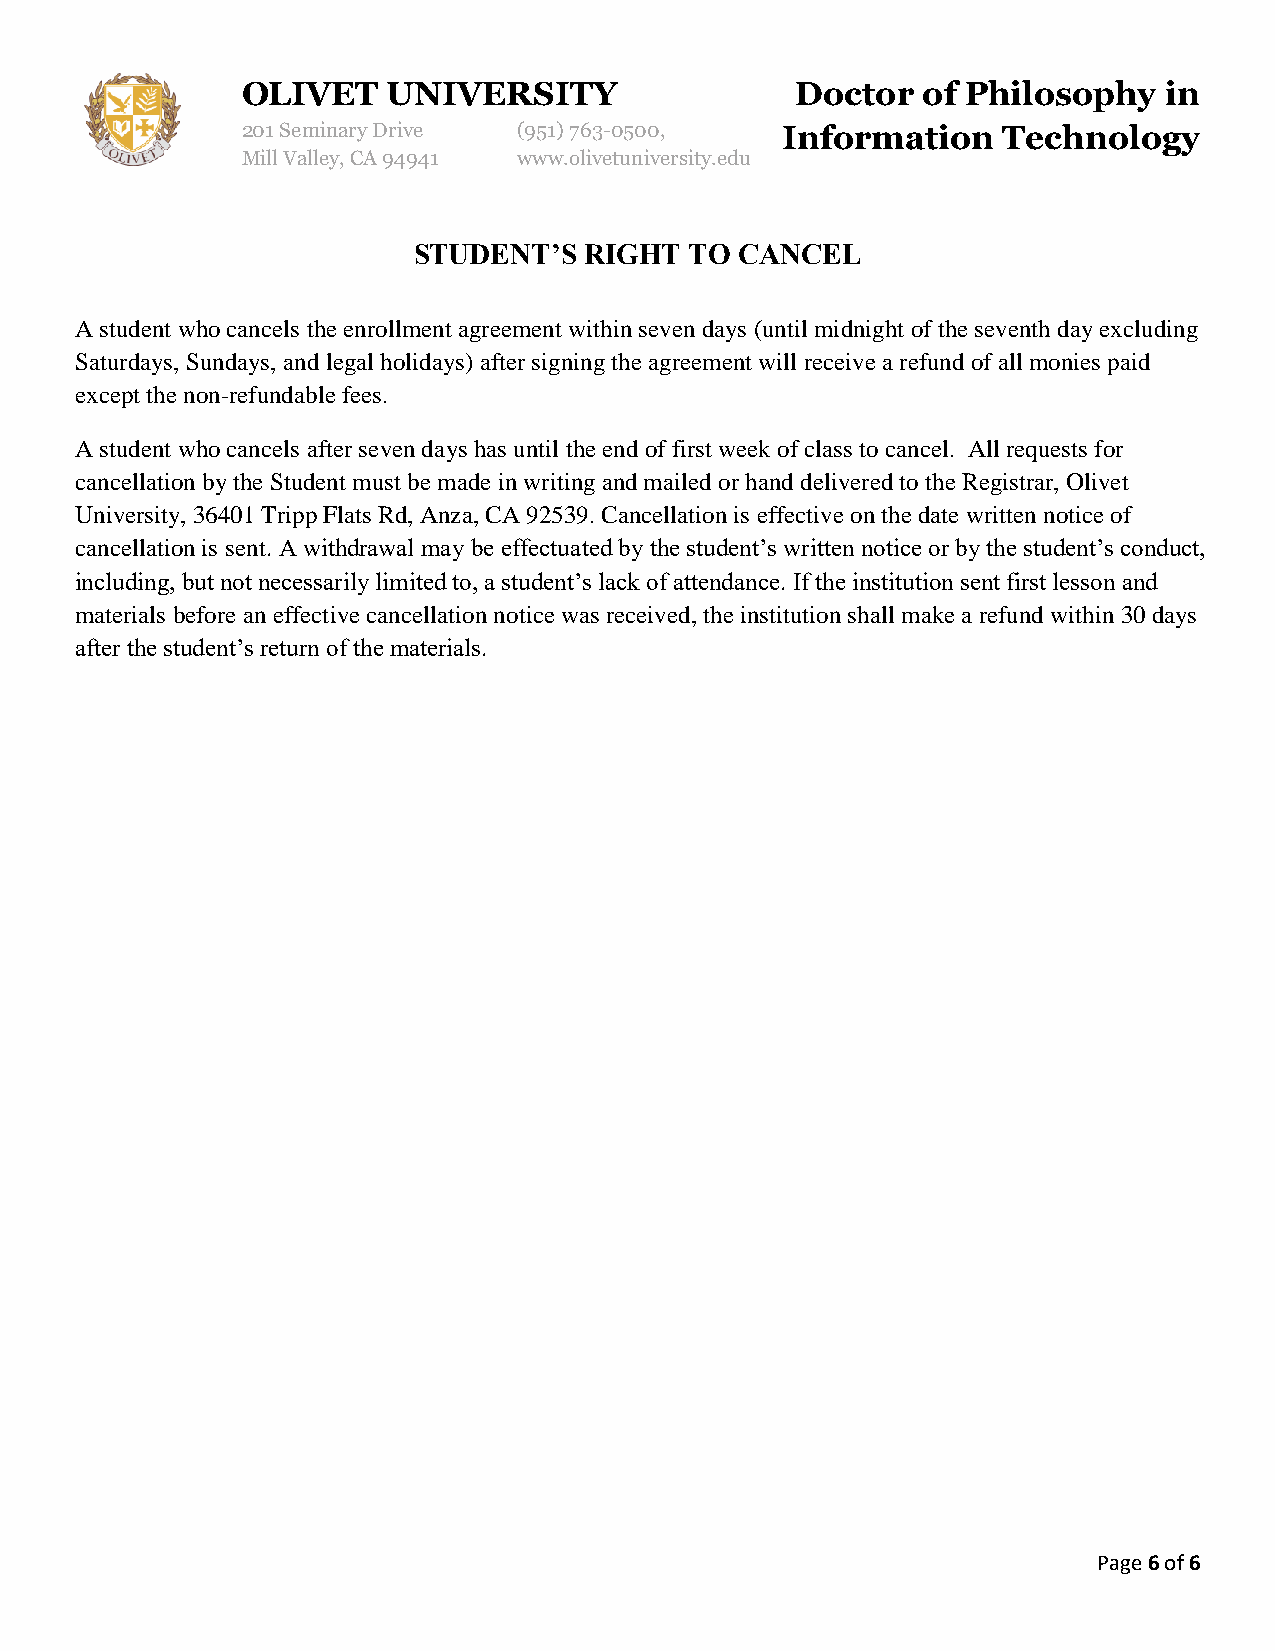
OLIVET    UNIVERSITY                 Doctor  of Philosophy   in
 201 Seminary Drive (951)763-0500,   Information   Technology
 Mill Valley, CA 94941 www.olivetuniversity.edu
 STUDENT’S   RIGHT  TO CANCEL
 A student who cancels the enrollment agreement within seven days (until midnight of the seventh day excluding
 Saturdays, Sundays, and legal holidays) after signing the agreement will receive a refund of all monies paid
 except the non-refundable fees.
 A student who cancels after seven days has until the end of first week of class to cancel. All requests for
 cancellation by the Student must be made in writing and mailed or hand delivered to the Registrar, Olivet
 University, 36401 Tripp Flats Rd, Anza, CA 92539. Cancellation is effective on the date written notice of
 cancellation is sent. A withdrawal may be effectuated by the student’s written notice or by the student’s conduct,
 including, but not necessarily limited to, a student’s lack of attendance. If the institution sent first lesson and
 materials before an effective cancellation notice was received, the institution shall make a refund within 30 days
 after the student’s return of the materials.
 Page 6 of 6